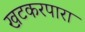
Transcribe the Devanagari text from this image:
खटकरपारा